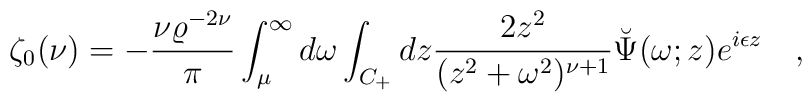
\zeta_0(\nu)=-{\nu \varrho^{-2\nu} \over \pi}\int^{\infty}_{\mu} d\omega \int_{C_+}dz{2z^2 \over (z^2+\omega^2)^{\nu+1}}\breve{\Psi}(\omega;z)e^{i\epsilon z}~~~,